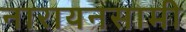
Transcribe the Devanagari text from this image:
नारायनसामी